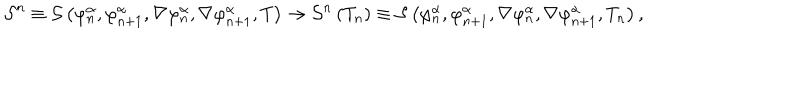
{ \cal S } ^ { n } \equiv { \cal S } \left( \varphi _ { n } ^ { \alpha } , \varphi _ { n + 1 } ^ { \alpha } , \nabla \varphi _ { n } ^ { \alpha } , \nabla \varphi _ { n + 1 } ^ { \alpha } , T \right) \rightarrow { \cal S } ^ { n } \left( T _ { n } \right) \equiv { \cal S } \left( \varphi _ { n } ^ { \alpha } , \varphi _ { n + 1 } ^ { \alpha } , \nabla \varphi _ { n } ^ { \alpha } , \nabla \varphi _ { n + 1 } ^ { \alpha } , T _ { n } \right) ,